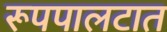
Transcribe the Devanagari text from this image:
रूपपालटात